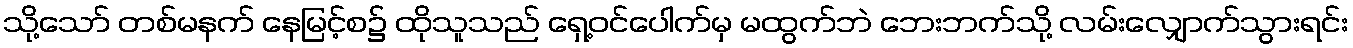
သို့သော် တစ်မနက် နေမြင့်စ၌ ထိုသူသည် ရှေ့ဝင်ပေါက်မှ မထွက်ဘဲ ဘေးဘက်သို့ လမ်းလျှောက်သွားရင်း